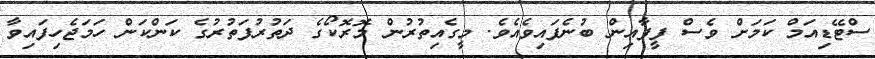
ސްޓޭޑިއަމް ކަމަށް ވެސް ފީފާއިން ބުނެފައިވެއެވެ. މީގެއިތުރުން މޮރޮކޯގެ ދަތުރުފަތުރުގެ ކަންކަން ހަމަޖެހިފައިވާ